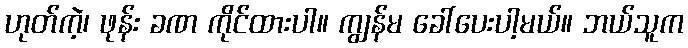
ဟုတ်ကဲ့၊ ဖုန်း ခဏ ကိုင်ထားပါ။ ကျွန်မ ခေါ်ပေးပါ့မယ်။ ဘယ်သူက